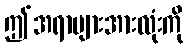
ဤအရာများအားလုံးကို